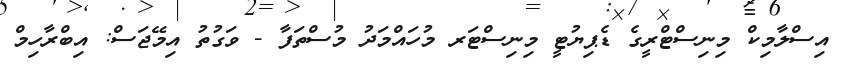
އިސްލާމިކް މިނިސްޓްރީގެ ޑެޕިޔުޓީ މިނިސްޓަރ މުހައްމަދު މުސްތަފާ - ވަގުތު އިމޭޖަސް: އިބްރާހިމް